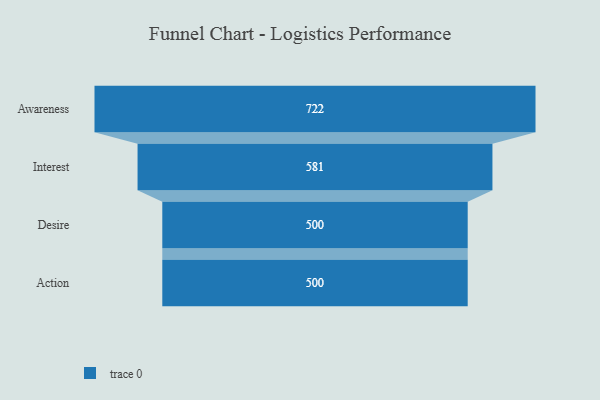
{"axis": {"x": "Stage", "y": "Value"}, "legend": [""], "data": [{"x": "Awareness", "y": 722.0, "type": ""}, {"x": "Interest", "y": 581.0, "type": ""}, {"x": "Desire", "y": 500, "type": ""}, {"x": "Action", "y": 500, "type": ""}]}